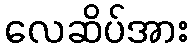
လေဆိပ်အား